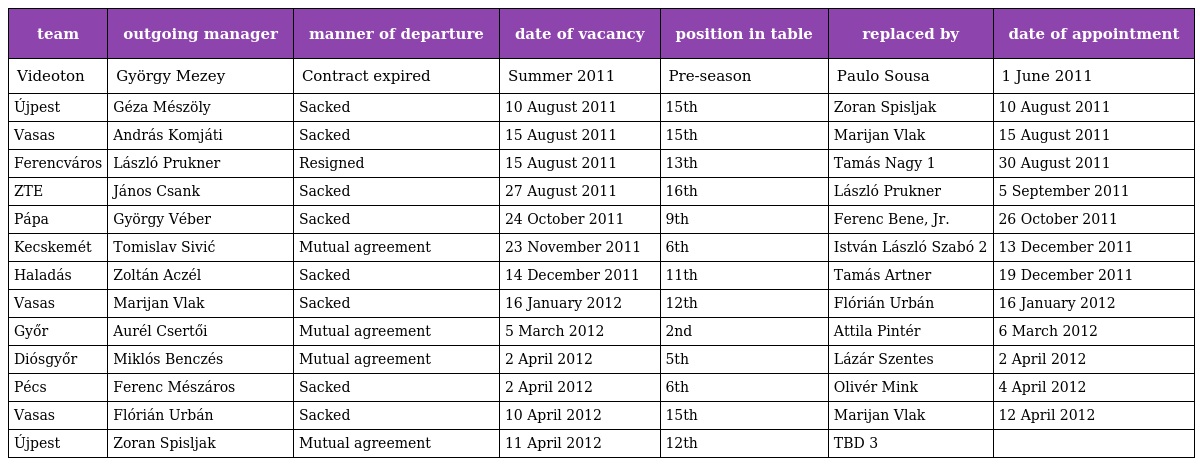
| team | outgoing manager | manner of departure | date of vacancy | position in table | replaced by | date of appointment |
 | --- | --- | --- | --- | --- | --- | --- |
 | Videoton | György Mezey | Contract expired | Summer 2011 | Pre-season | Paulo Sousa | 1 June 2011 |
 | Újpest | Géza Mészöly | Sacked | 10 August 2011 | 15th | Zoran Spisljak | 10 August 2011 |
 | Vasas | András Komjáti | Sacked | 15 August 2011 | 15th | Marijan Vlak | 15 August 2011 |
 | Ferencváros | László Prukner | Resigned | 15 August 2011 | 13th | Tamás Nagy 1 | 30 August 2011 |
 | ZTE | János Csank | Sacked | 27 August 2011 | 16th | László Prukner | 5 September 2011 |
 | Pápa | György Véber | Sacked | 24 October 2011 | 9th | Ferenc Bene, Jr. | 26 October 2011 |
 | Kecskemét | Tomislav Sivić | Mutual agreement | 23 November 2011 | 6th | István László Szabó 2 | 13 December 2011 |
 | Haladás | Zoltán Aczél | Sacked | 14 December 2011 | 11th | Tamás Artner | 19 December 2011 |
 | Vasas | Marijan Vlak | Sacked | 16 January 2012 | 12th | Flórián Urbán | 16 January 2012 |
 | Győr | Aurél Csertői | Mutual agreement | 5 March 2012 | 2nd | Attila Pintér | 6 March 2012 |
 | Diósgyőr | Miklós Benczés | Mutual agreement | 2 April 2012 | 5th | Lázár Szentes | 2 April 2012 |
 | Pécs | Ferenc Mészáros | Sacked | 2 April 2012 | 6th | Olivér Mink | 4 April 2012 |
 | Vasas | Flórián Urbán | Sacked | 10 April 2012 | 15th | Marijan Vlak | 12 April 2012 |
 | Újpest | Zoran Spisljak | Mutual agreement | 11 April 2012 | 12th | TBD 3 |  |